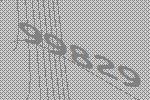
99829